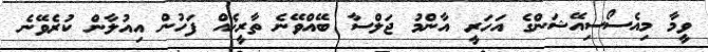
ވީމާ މިއެސޯސިއޭޝަންގެ އަހަރީ އާންމު ޖަލްސާ ބޭއްވޭނެ ތާރީޚެއް ފަހުން އިއުލާން ކުރެވޭނެ